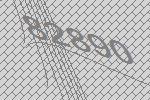
82890